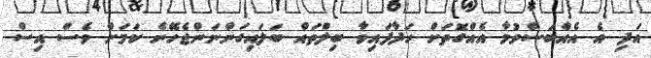
އަދި އެ އެއްބަސްވުމާ އެއްގޮތަށް ހަދާފައިވާ ބިލްތައް ބަލައިގަންނަންޖެހޭނެ ކަމަށް ވެސް އިސް